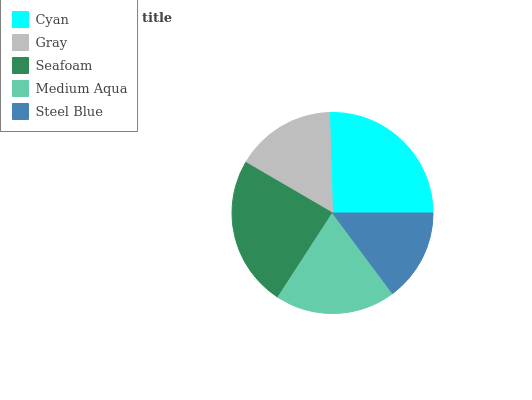
| Cyan | Gray | Seafoam | Medium Aqua | Steel Blue |
 | --- | --- | --- | --- | --- |
 | 25.5% | 16.1% | 24.2% | 19.4% | 14.8% |